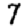
Digit: 7